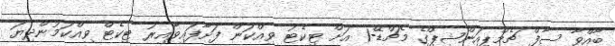
ބާއްވާ ސާފް ޗެމްޕިއަންޝިޕްގެ މެޗްޑޭ-1 އަށް ޓިކެޓު ވިއްކަން ފަށާފައިވާއިރު ޓިކެޓް ވިއްކަމުންދިޔަ